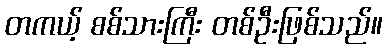
တကယ့် စစ်သားကြီး တစ်ဦးဖြစ်သည်။